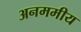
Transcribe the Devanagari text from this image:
अनममीय